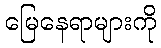
မြေနေရာများကို